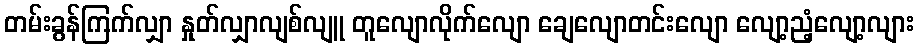
တမ်းခွန်ကြက်လျှာ နှုတ်လျှာလျစ်လျူ တူလျောလိုက်လျော ချေလျောတင်းလျော လျော့ညံ့လျော့လျား